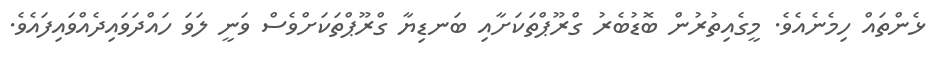
ޅެންތައް ހިމެނެއެވެ. މީގެއިތުރުން ބޮޑުބެރު ގްރޫޕްތަކަށާއި ބަނޑިޔާ ގްރޫޕްތަކަށްވެސް ވަނީ ލަވަ ހައްދަވައިދެއްވައިފައެވެ.